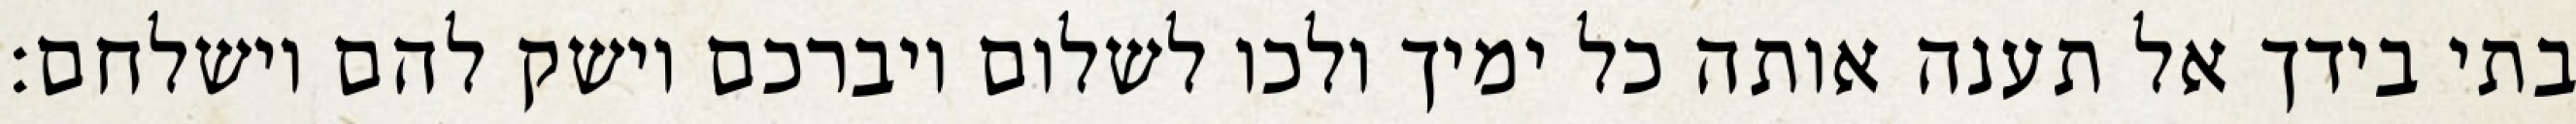
בתי בידך אל תענה אותה כל ימיך ולכו לשלום ויברכם וישק להם וישלחם: